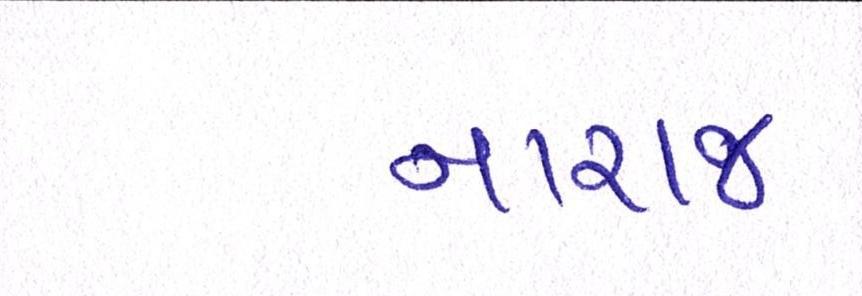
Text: નારાજ